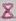
Text: 8